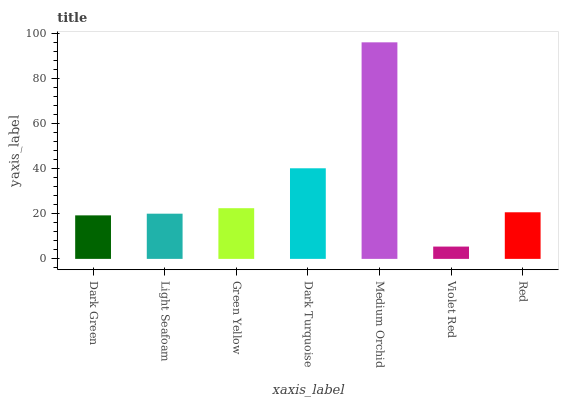
| xaxis_label | bars |
 | --- | --- |
 | Dark Green | 19.3 |
 | Light Seafoam | 20.1 |
 | Green Yellow | 22.5 |
 | Dark Turquoise | 40.3 |
 | Medium Orchid | 96.2 |
 | Violet Red | 5.47 |
 | Red | 20.7 |